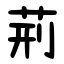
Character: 荊